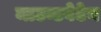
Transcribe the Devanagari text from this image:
माउन्टबेटेन